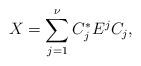
LaTeX: \begin{align*} X= \sum_{j=1}^\nu C_j^* E^j C_j,\end{align*}